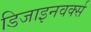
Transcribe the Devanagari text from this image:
डिजाइनवर्क्स